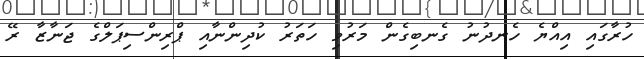
ހުރާގައި އިއްޔެ ހެނދުނު ގެނބިގެން މަރުވި ހަތަރު ކުދިންނާއި ޕްރިންސިޕަލްގެ ޖަނާޒާ ރޭ